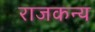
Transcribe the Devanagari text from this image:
राजकन्य